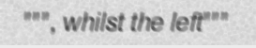
""", whilst the left"""